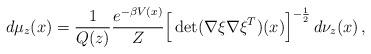
LaTeX: \begin{align*} d\mu_z(x) = \frac{1}{Q(z)} \frac{e^{-\beta V(x)}}{Z} \Big[\det(\nabla \xi\nabla \xi^T)(x)\Big]^{-\frac{1}{2}}\, d\nu_z(x)\,, \end{align*}